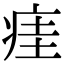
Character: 㾏